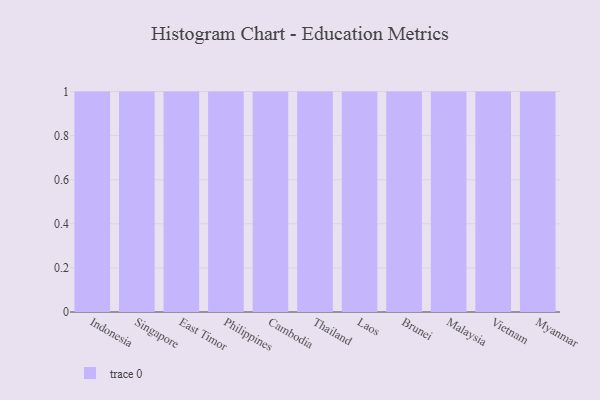
{"axis": {"x": "Country", "y": "Energy Usage (MWh)"}, "legend": [""], "data": [{"x": "Indonesia", "y": 92, "type": ""}, {"x": "Singapore", "y": 56, "type": ""}, {"x": "East Timor", "y": 19, "type": ""}, {"x": "Philippines", "y": 66, "type": ""}, {"x": "Cambodia", "y": 79, "type": ""}, {"x": "Thailand", "y": 85, "type": ""}, {"x": "Laos", "y": 60, "type": ""}, {"x": "Brunei", "y": 100, "type": ""}, {"x": "Malaysia", "y": 40, "type": ""}, {"x": "Vietnam", "y": 10, "type": ""}, {"x": "Myanmar", "y": 19, "type": ""}]}